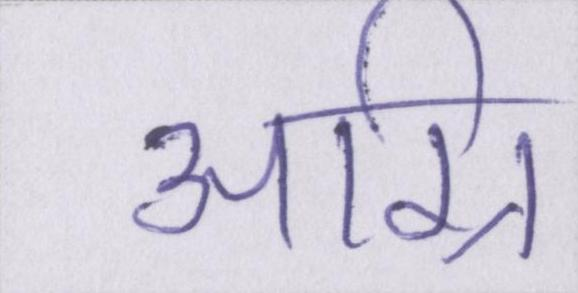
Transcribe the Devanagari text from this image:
अग्नि